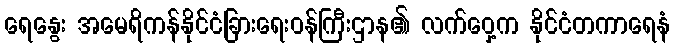
ရေနွေး အမေရိကန်နိုင်ငံခြားရေးဝန်ကြီးဌာန၏ လက်ဝှေ့က နိုင်ငံတကာရေနံ